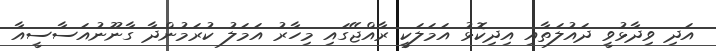
އަދި ވިދާޅުވީ ދައުލަތާއި އިދިކޮޅު އަމަލަކީ ރާއްޖޭގައި މިހާރު އަމަލު ކުރަމުންދާ ގާނޫނުއަސާސީއާ